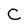
Character: C